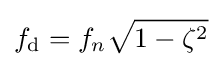
f_{\text{d}}=f_{n}{\sqrt {1-\zeta ^{2}}}